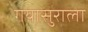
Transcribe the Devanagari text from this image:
गयासुराला